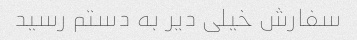
سفارش خیلی دیر به دستم رسید